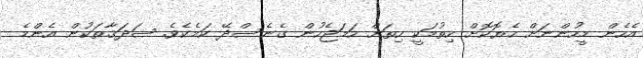
އެހެން މީހުންނަށް ހެޔޮކޮށް ހިތުމަކީ ހިތަށް ހަމަޖެހުން ގެނެސްދޭ ކަމެކެވެ. ޞަދަޤާތަކުން އެންމެ